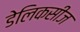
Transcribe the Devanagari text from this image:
डेलिकसीज